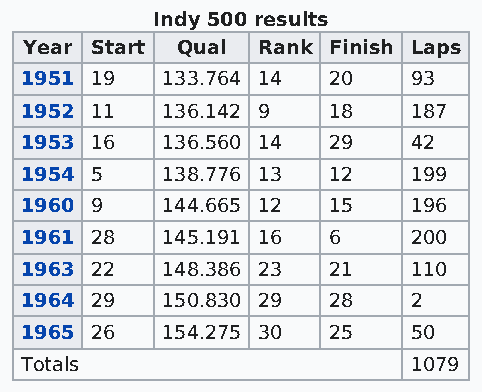
Indy 500 results
 Year Start Qual Rank Finish Laps
 1951 19   133.764 14 20   93
 1952 11   136.142 9  18   187
 1953 16   136.560 14 29   42
 1954 5    138.776 13 12   199
 1960 9    144.665 12 15   196
 1961 28   145.191 16 6    200
 1963 22   148.386 23 21   110
 1964 29   150.830 29 28   2
 1965 26   154.275 30 25   50
 Totals                    1079